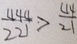
\frac { 4 4 4 } { 2 2 1 } > \frac { 4 4 } { 2 1 }